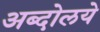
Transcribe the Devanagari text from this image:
अब्दोलये